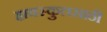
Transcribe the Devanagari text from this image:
हायस्‍कुलसाठी